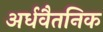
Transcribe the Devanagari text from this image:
अर्धवैतनिक